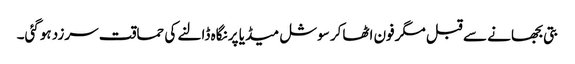
بتی بجھانے سے قبل مگرفون اٹھاکر سوشل میڈیا پر نگاہ ڈالنے کی حماقت سرزد ہوگئی۔